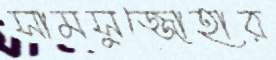
সামসুজ্জোহার